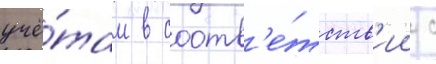
учё́там в соотв'е́тств'ии с